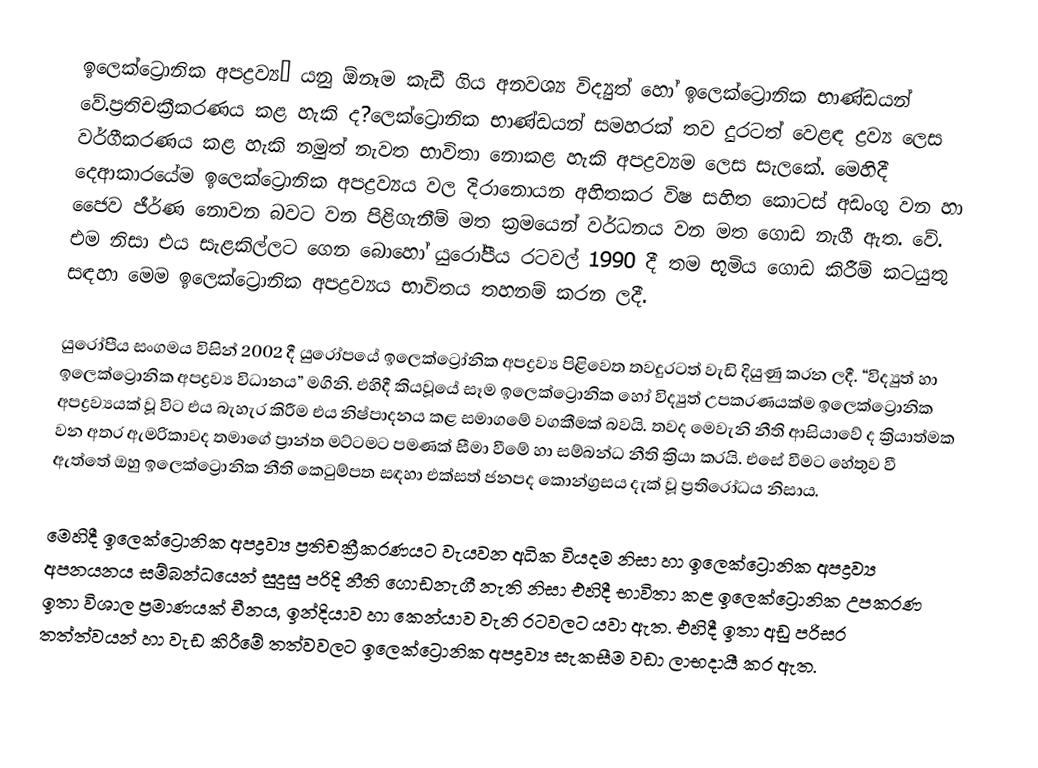
ඉලෙක්ට්‍රොනික අපද්‍රව්‍ය” යනු ඕනෑම කැඩී ගිය අනවශ්‍ය විද්‍යුත් හෝ ඉලෙක්ට්‍රොනික භාණ්ඩයන් වේ.ප්‍රතිචක්‍රීකරණය කළ හැකි ද?ලෙක්ට්‍රොනික භාණ්ඩයන් සමහරක් තව දුරටත් වෙළඳ ද්‍රව්‍ය ලෙස වර්ගීකරණය කළ හැකි නමුත් නැවත භාවිතා නොකළ හැකි අපද්‍රව්‍යම ලෙස සැලකේ. මෙහිදී දෙආකාරයේම ඉලෙක්ට්‍රොනික අපද්‍රව්‍යය වල දිරානොයන අහිතකර විෂ සහිත කොටස් අඩංගු වන හා ජෛව ජීර්ණ නොවන බවට වන පිළිගැනීම් මත ක්‍රමයෙන් වර්ධනය වන මත ගොඩ නැගී ඇත. වේ. එම නිසා එය සැළකිල්ලට ගෙන බොහෝ යුරෝපීය රටවල් 1990 දී තම භූමිය ගොඩ කිරීම් කටයුතු සඳහා මෙම ඉලෙක්ට්‍රොනික අපද්‍රව්‍යය භාවිතය තහනම් කරන ලදී.

යුරෝපීය සංගමය විසින් 2002 දී යුරෝපයේ ඉලෙක්ට්‍රෝනික අපද්‍රව්‍ය පිළිවෙත තවදුරටත් වැඩි දියුණු කරන ලදී. “විද්‍යුත් හා ඉලෙක්ට්‍රොනික අපද්‍රව්‍ය විධානය” මගිනි. එහිදී කියවූයේ සෑම ඉලෙක්ට්‍රොනික හෝ විද්‍යුත් උපකරණයක්ම ඉලෙක්ට්‍රොනික අපද්‍රව්‍යයක් වූ විට එය බැහැර කිරීම එය නිෂ්පාදනය කළ සමාගමේ වගකීමක් බවයි. තවද මෙවැනි නීති ආසියාවේ ද ක්‍රියාත්මක වන අතර ඇමරිකාවද තමාගේ ප්‍රාන්ත මට්ටමට පමණක් සීමා වීමේ හා සම්බන්ධ නීති ක්‍රියා කරයි. එසේ වීමට හේතුව වී ඇත්තේ ඔහු ඉලෙක්ට්‍රොනික නීති කෙටුම්පත සඳහා එක්සත් ජනපද කොන්ග්‍රසය දැක් වූ ප්‍රතිරෝධය නිසාය.

මෙහිදී ඉලෙක්ට්‍රොනික අපද්‍රව්‍ය ප්‍රතිචක්‍රීකරණයට වැයවන අධික වියදම නිසා හා ඉලෙක්ට්‍රොනික අපද්‍රව්‍ය අපනයනය සම්බන්ධයෙන් සුදුසු පරිදි නීති ගොඩනැගී නැති නිසා එහිදී භාවිතා කළ ඉලෙක්ට්‍රොනික උපකරණ ඉතා විශාල ප්‍රමාණයක් චීනය, ඉන්දියාව හා කෙන්යාව වැනි රටවලට යවා ඇත. එහිදී ඉතා අඩු පරිසර තත්ත්වයන් හා වැඩ කිරීමේ තත්වවලට ඉලෙක්ට්‍රොනික අපද්‍රව්‍ය සැකසීම වඩා ලාභදායී කර ඇත.